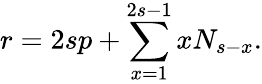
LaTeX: r=2sp+\sum_{x=1}^{2s-1}xN_{s-x}.